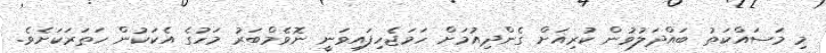
މި މަސައްކަތު ބައްދަލުވުން ކުރިއަށް ގެންދިއުމަށް ހަމަޖެހިފައިވަނީ ނޮވެމްބަރު މަހުގެ އެކަކުން ހަތަރަކަށެވެ.